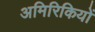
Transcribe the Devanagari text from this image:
अमिरिकियों